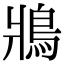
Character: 𩿄